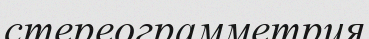
стереограмметрия